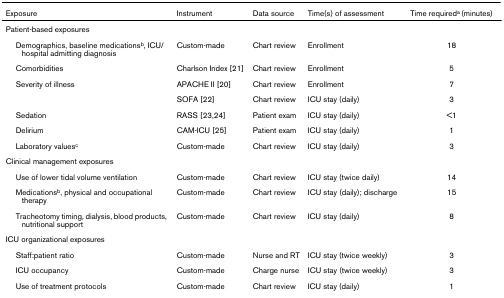
<table><thead><tr><td><b>Exposure</b></td><td><b>Instrument</b></td><td><b>Data source</b></td><td><b>Time(s) of assessment</b></td><td><b>Time required<sup>a </sup>(minutes)</b></td></tr></thead><tbody><tr><td colspan="5">Patient-based exposures</td></tr><tr><td> Demographics, baseline medications<sup>b</sup>, ICU/hospital admitting diagnosis</td><td>Custom-made</td><td>Chart review</td><td>Enrollment</td><td>18</td></tr><tr><td> Comorbidities</td><td>Charlson Index [21]</td><td>Chart review</td><td>Enrollment</td><td>5</td></tr><tr><td> Severity of illness</td><td>APACHE II [20]</td><td>Chart review</td><td>Enrollment</td><td>7</td></tr><tr><td></td><td>SOFA [22]</td><td>Chart review</td><td>ICU stay (daily)</td><td>3</td></tr><tr><td> Sedation</td><td>RASS [23,24]</td><td>Patient exam</td><td>ICU stay (daily)</td><td>&lt;1</td></tr><tr><td> Delirium</td><td>CAM-ICU [25]</td><td>Patient exam</td><td>ICU stay (daily)</td><td>1</td></tr><tr><td> Laboratory values<sup>c</sup></td><td>Custom-made</td><td>Chart review</td><td>ICU stay (daily)</td><td>3</td></tr><tr><td colspan="5">Clinical management exposures</td></tr><tr><td> Use of lower tidal volume ventilation</td><td>Custom-made</td><td>Chart review</td><td>ICU stay (twice daily)</td><td>14</td></tr><tr><td> Medications<sup>b</sup>, physical and occupational therapy</td><td>Custom-made</td><td>Chart review</td><td>ICU stay (daily); discharge</td><td>15</td></tr><tr><td> Tracheotomy timing, dialysis, blood products, nutritional support</td><td>Custom-made</td><td>Chart review</td><td>ICU stay (daily)</td><td>8</td></tr><tr><td colspan="5">ICU organizational exposures</td></tr><tr><td> Staff:patient ratio</td><td>Custom-made</td><td>Nurse and RT</td><td>ICU stay (twice weekly)</td><td>3</td></tr><tr><td> ICU occupancy</td><td>Custom-made</td><td>Charge nurse</td><td>ICU stay (twice weekly)</td><td>3</td></tr><tr><td> Use of treatment protocols</td><td>Custom-made</td><td>Chart review</td><td>ICU stay (daily)</td><td>1</td></tr></tbody></table>